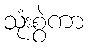
သုံးစွဲကာ